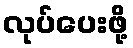
လုပ်ပေးဖို့